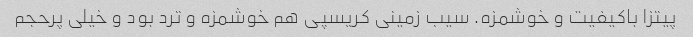
پیتزا باکیفیت و خوشمزه. سیب زمینی کریسپی هم خوشمزه و ترد بود و خیلی پرحجم